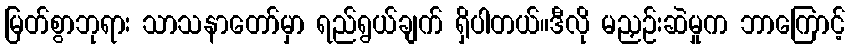
မြတ်စွာဘုရား သာသနာတော်မှာ ရည်ရွယ်ချက် ရှိပါတယ်။ဒီလို မညှဉ်းဆဲမှုက ဘာကြောင့်